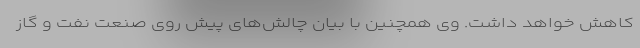
کاهش خواهد داشت. وی همچنین با بیان چالش‌های پیش روی صنعت نفت و گاز